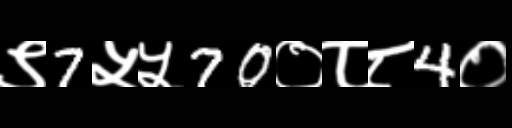
Text: ९7५५70०८८4०